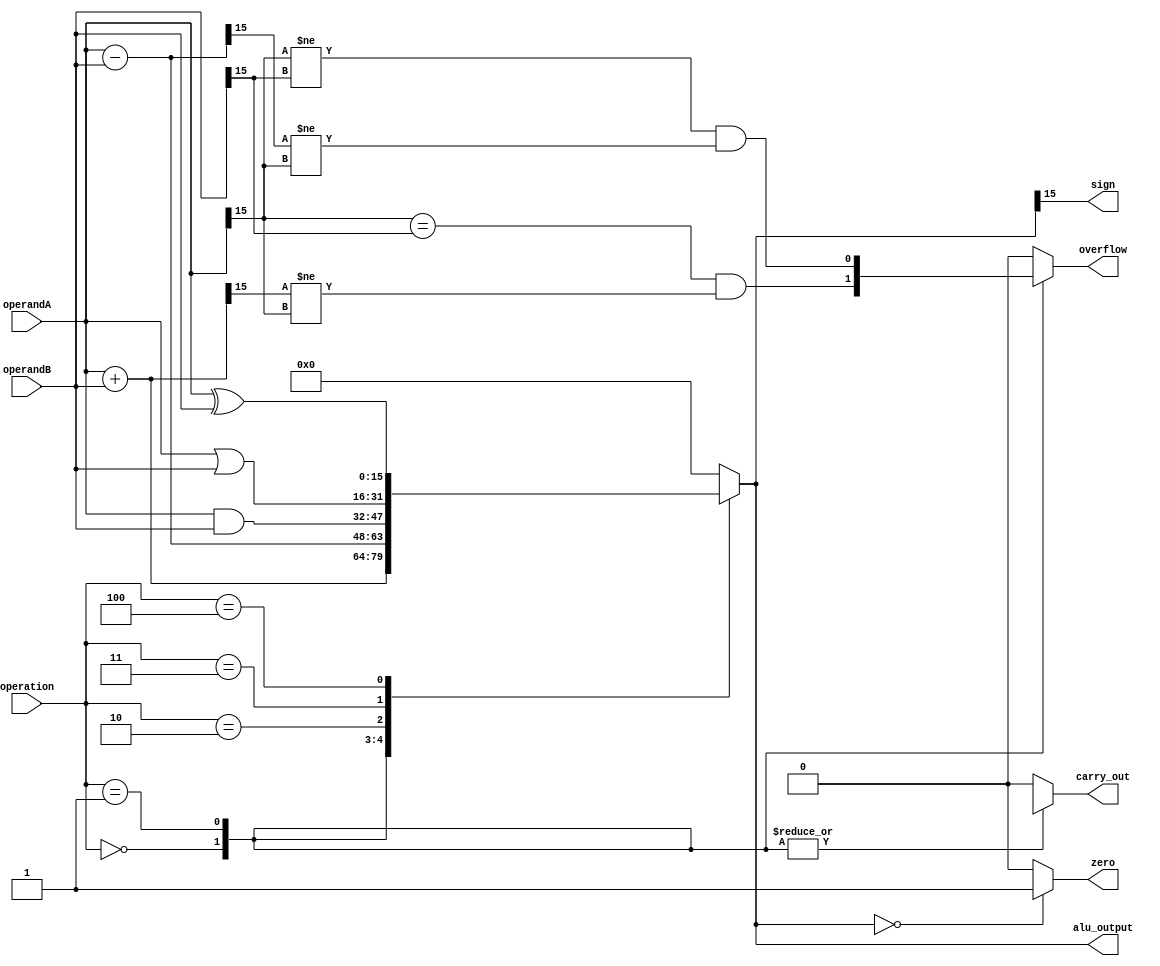
module alu_16bit (
    input [15:0] operandA,
    input [15:0] operandB,
    input [3:0] operation,
    output reg [15:0] alu_output,
    output reg carry_out,
    output reg overflow,
    output reg zero,
    output reg sign
);

reg [15:0] add_result;
reg [15:0] sub_result;

always @(*)
begin
    case(operation)
        4'b0000: begin // Addition operation
            add_result = operandA + operandB;
            alu_output = add_result;
            carry_out = add_result[16];
            overflow = (operandA[15] == operandB[15] && add_result[15] != operandA[15]);
        end
        4'b0001: begin // Subtraction operation
            sub_result = operandA - operandB;
            alu_output = sub_result;
            carry_out = sub_result[16];
            overflow = (operandA[15] != operandB[15] && sub_result[15] != operandA[15]);
        end
        4'b0010: begin // Bitwise AND operation
            alu_output = operandA & operandB;
            carry_out = 1'b0;
            overflow = 1'b0;
        end
        4'b0011: begin // Bitwise OR operation
            alu_output = operandA | operandB;
            carry_out = 1'b0;
            overflow = 1'b0;
        end
        4'b0100: begin // Bitwise XOR operation
            alu_output = operandA ^ operandB;
            carry_out = 1'b0;
            overflow = 1'b0;
        end
        default: begin
            alu_output = 16'b0;
            carry_out = 1'b0;
            overflow = 1'b0;
        end
    endcase

    zero = (alu_output == 16'b0) ? 1'b1 : 1'b0;
    sign = alu_output[15];
end

endmodule